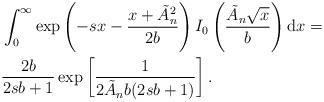
LaTeX: \begin{align*}& \int_0^{\infty} \exp\left(-sx-\frac{x+\tilde{A}_n^2}{2b}\right)I_0\left(\frac{\tilde{A}_n\sqrt{x}}{b}\right)\mathrm{d}x = \\& \frac{2b}{2sb+1}\exp\left[\frac{1}{2\tilde{A}_nb(2sb+1)}\right].\end{align*}